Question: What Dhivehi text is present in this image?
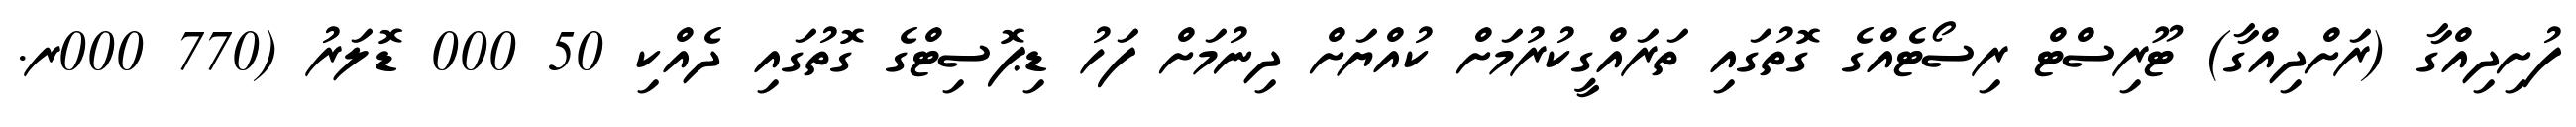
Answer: ފުށިދިއްގާ (ރަށްދިއްގާ) ޓޫރިސްޓް ރިސޯޓެއްގެ ގޮތުގައި ތަރައްގީކުރުމަށް ކުއްޔަށް ދިނުމަށް ފަހު ޑިޕޮސިޓްގެ ގޮތުގައި ދެއްކި 50 000 ޑޮލަރު (770 000ރ.